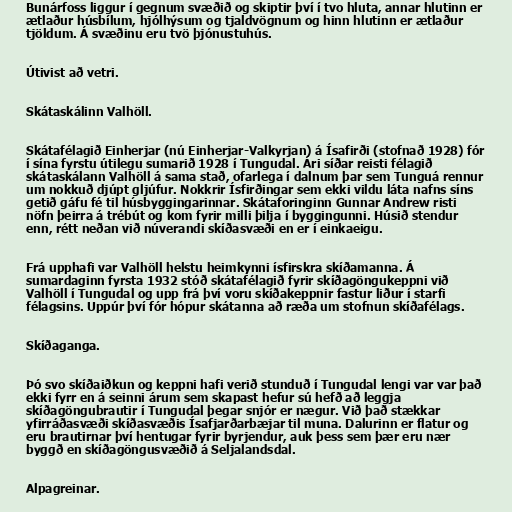
Bunárfoss liggur í gegnum svæðið og skiptir því í tvo hluta, annar hlutinn er
ætlaður húsbílum, hjólhýsum og tjaldvögnum og hinn hlutinn er ætlaður
tjöldum. Á svæðinu eru tvö þjónustuhús.

Útivist að vetri.

Skátaskálinn Valhöll.

Skátafélagið Einherjar (nú Einherjar-Valkyrjan) á Ísafirði (stofnað 1928) fór
í sína fyrstu útilegu sumarið 1928 í Tungudal. Ári síðar reisti félagið
skátaskálann Valhöll á sama stað, ofarlega í dalnum þar sem Tunguá rennur
um nokkuð djúpt gljúfur. Nokkrir Ísfirðingar sem ekki vildu láta nafns síns
getið gáfu fé til húsbyggingarinnar. Skátaforinginn Gunnar Andrew risti
nöfn þeirra á trébút og kom fyrir milli þilja í byggingunni. Húsið stendur
enn, rétt neðan við núverandi skíðasvæði en er í einkaeigu.

Frá upphafi var Valhöll helstu heimkynni ísfirskra skíðamanna. Á
sumardaginn fyrsta 1932 stóð skátafélagið fyrir skíðagöngukeppni við
Valhöll í Tungudal og upp frá því voru skíðakeppnir fastur liður í starfi
félagsins. Uppúr því fór hópur skátanna að ræða um stofnun skíðafélags.

Skíðaganga.

Þó svo skíðaiðkun og keppni hafi verið stunduð í Tungudal lengi var var það
ekki fyrr en á seinni árum sem skapast hefur sú hefð að leggja
skíðagöngubrautir í Tungudal þegar snjór er nægur. Við það stækkar
yfirráðasvæði skíðasvæðis Ísafjarðarbæjar til muna. Dalurinn er flatur og
eru brautirnar því hentugar fyrir byrjendur, auk þess sem þær eru nær
byggð en skíðagöngusvæðið á Seljalandsdal.

Alpagreinar.